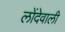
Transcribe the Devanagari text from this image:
लोंदेवाली